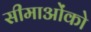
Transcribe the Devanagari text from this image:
सीमाओंको